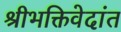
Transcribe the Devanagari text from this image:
श्रीभक्तिवेदांत